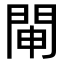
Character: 𨴁